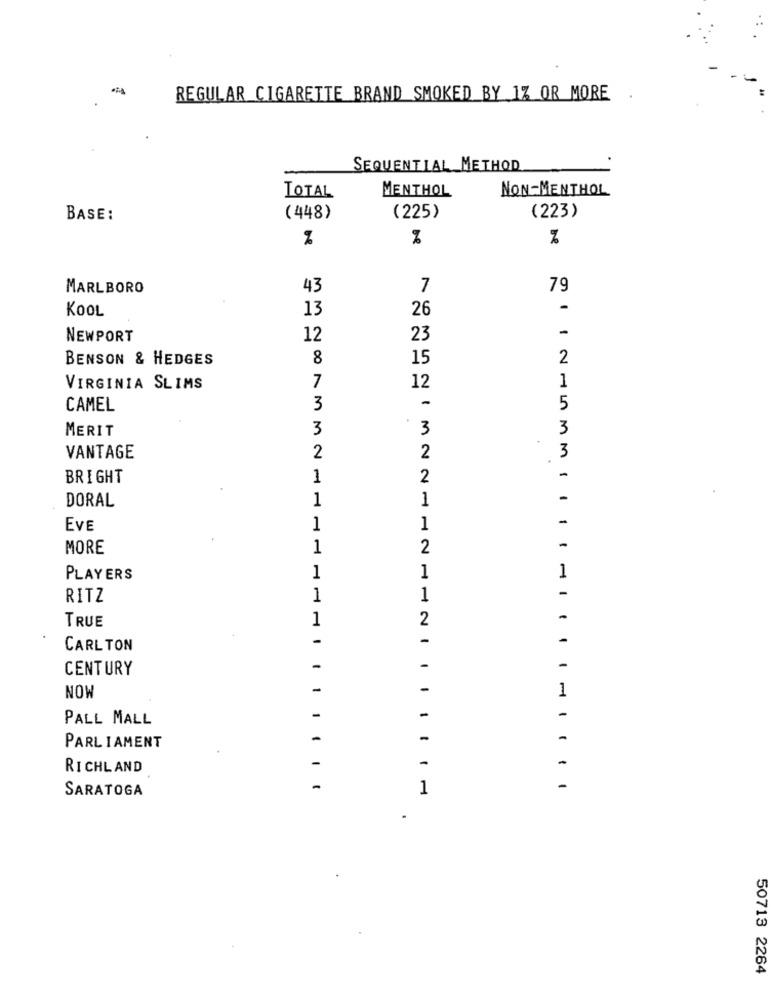
REGULAR CIGARETTE BRAND SMOKED BY 1% OR MORE
SEQUENTIAL METHOD
MENTHOL
TOTAL
NON-MENTHOL
BASE:
(448)
(225)
(223)
%
MARLBORO
43
7
79
KOOL
13
26
-
-
NEWPORT
12
23
BENSON & HEDGES
8
15
2
1
VIRGINIA SLIMS
7
12
-
CAMEL
3
5
MERIT
3
3
3
3
VANTAGE
2
2
-
BRIGHT
1
2
DORAL
1
1
-
-
EVE
1
1
MORE
1
2
-
PLAYERS
1
1
1
-
RITZ
1
1
1
2
TRUE
-
-
-
CARLTON
CENTURY
-
-
-
-
-
1
NOW
PALL MALL
-
-
-
-
PARLIAMENT
-
RICHLAND
-
-
SARATOGA
-
1
-
.....
.
50713 2264